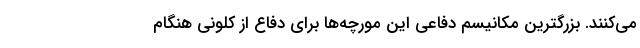
می‌کنند. بزرگترین مکانیسم دفاعی این مورچه‌ها برای دفاع از کلونی هنگام